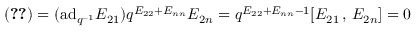
( \ref { 2 } ) = ( \mathrm { a d } _ { q ^ { - 1 } } E _ { 2 1 } ) q ^ { E _ { 2 2 } + E _ { n n } } E _ { 2 n } = q ^ { E _ { 2 2 } + E _ { n n } - 1 } [ E _ { 2 1 } \, , \, E _ { 2 n } ] = 0